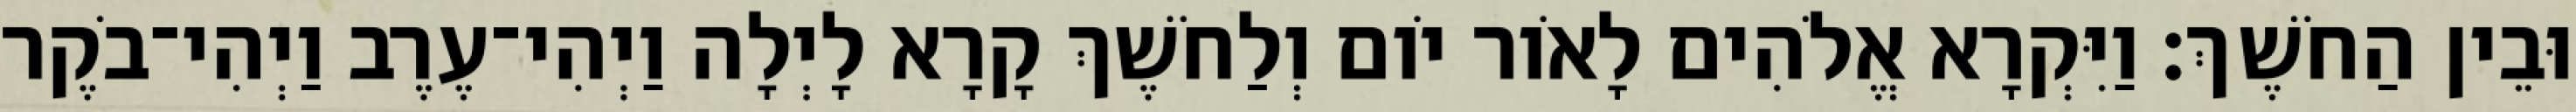
וּבֵין הַחֹשֶׁךְ׃ וַיִּקְרָא אֱלֹהִים לָאֹור יֹום וְלַחֹשֶׁךְ קָרָא לָיְלָה וַיְהִי־עֶרֶב וַיְהִי־בֹקֶר